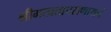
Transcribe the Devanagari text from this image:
श्रीमत्प्रतापराणायनं